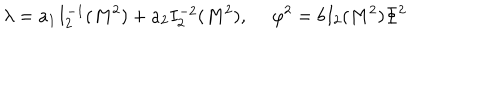
\lambda = a _ { 1 } I _ { 2 } ^ { - 1 } ( M ^ { 2 } ) + a _ { 2 } I _ { 2 } ^ { - 2 } ( M ^ { 2 } ) , \ \varphi ^ { 2 } = b I _ { 2 } ( M ^ { 2 } ) \Phi ^ { 2 }